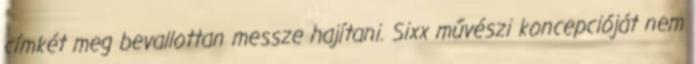
címkét meg bevallottan messze hajítani. Sixx művészi koncepcióját nem